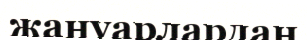
жануарлардан